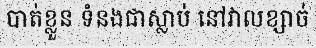
បាត់ខ្លួន ទំនងជាស្លាប់ នៅវាលខ្សាច់